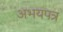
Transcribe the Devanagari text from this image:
अभयपत्र